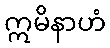
ဣမိနာဟံ